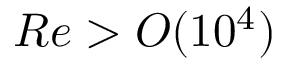
R e > O ( 1 0 ^ { 4 } )